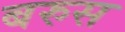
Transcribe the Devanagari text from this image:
बरुस